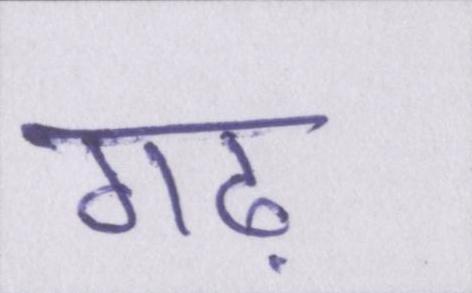
गढ़